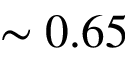
\sim 0 . 6 5